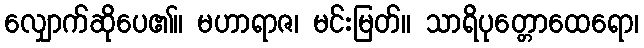
လျှောက်ဆိုပေ၏။ မဟာရာဇ၊ မင်းမြတ်။ သာရိပုတ္တောထေရော၊